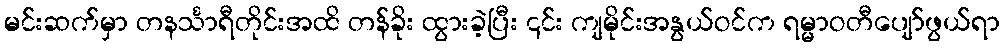
မင်းဆက်မှာ တနင်္သာရီတိုင်းအထိ တန်ခိုး ထွားခဲ့ပြီး ၎င်း ကျမိုင်းအနွယ်ဝင်က ရမ္မာဝတီပျော်ဖွယ်ရာ